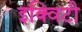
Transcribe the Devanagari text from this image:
इक्‍विटी